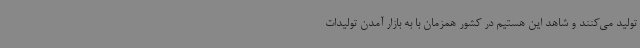
تولید می‌کنند و شاهد این هستیم در کشور همزمان با به بازار آمدن تولیدات